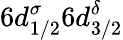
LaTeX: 6d_{1/2}^{\sigma}6d_{3/2}^{\delta}